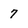
Character: 7